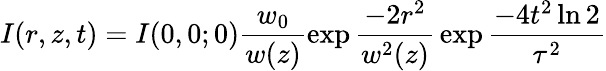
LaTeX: I(r,z,t)=I(0,0;0)\frac{w_{0}}{w(z)}\exp{\frac{-2r^{2}}{w^{2}(z)}}\exp{\frac{-4t^{2}\ln 2}{\tau^{2}}}